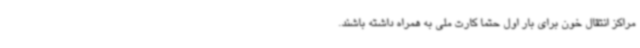
مراکز انتقال خون برای بار اول حتما کارت ملی به همراه داشته باشند.